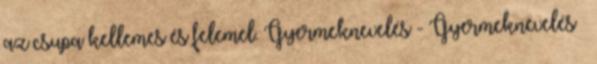
az csupa kellemes és felemel. Gyermeknevelés - Gyermeknevelés –